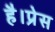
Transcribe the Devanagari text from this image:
है।प्रेस